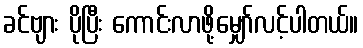
ခင်ဗျား ပိုပြီး ကောင်းလာဖို့မျှော်လင့်ပါတယ်။